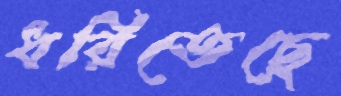
ধরিতেছে